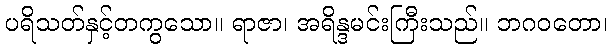
ပရိသတ်နှင့်တကွသော။ ရာဇာ၊ အရိန္ဒမင်းကြီးသည်။ ဘဂဝတော၊